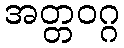
အတ္တဝဂ္ဂ